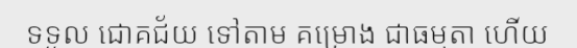
ទទួល ជោគជ័យ ទៅតាម គម្រោង ជាធម្មតា ហើយ